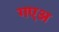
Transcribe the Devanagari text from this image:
गएअ